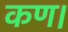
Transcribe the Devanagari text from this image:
कण।